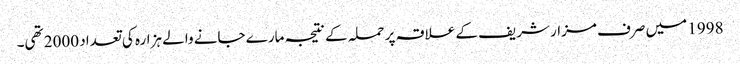
1998 میں صرف مزار شریف کے علاقہ پر حملہ کے نتیجہ مارے جانے والے ہزارہ کی تعداد 2000 تھی۔